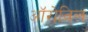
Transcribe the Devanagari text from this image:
ऑरोविल